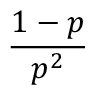
\frac { 1 - p } { p ^ { 2 } }